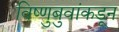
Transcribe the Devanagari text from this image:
विष्णुबुवांकडून